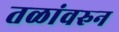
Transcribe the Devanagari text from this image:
तळांवरुन